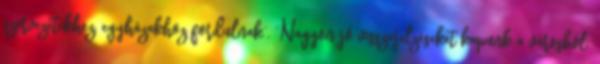
szervezetekhez, egyházakhoz fordulnak”. “Nagyon jó visszajelzéseket kapunk a városból.